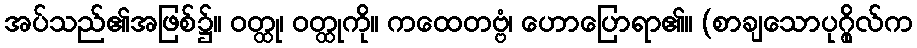
အပ်သည်၏အဖြစ်၌။ ဝတ္ထု၊ ဝတ္ထုကို။ ကထေတဗ္ဗံ၊ ဟောပြောရာ၏။ (စာချသောပုဂ္ဂိုလ်က